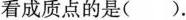
看成质点的是()。